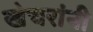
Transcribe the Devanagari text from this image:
खेचरांनी